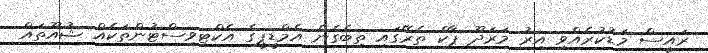
ރައީސް މަޑުކުރެއްވި އިރު މަރަދޫ ޕާކް ތެރޭގައި ތިބެގެން އެމްޑީޕީގެ އެކްޓިވިސްޓުންތަކެއް ޝުއޫތައް